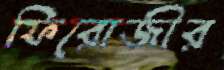
ফিরোজীর